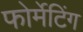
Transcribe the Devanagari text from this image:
फोर्मेटिंग